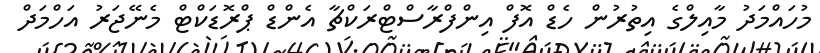
މުހައްމަދު މާއިލްގެ އިތުރުން ހެޑް އޮފް އިންފްރާސްޓްރަކްޗާ އެންޑް ޕްރޮޑަކްޓް މެނޭޖަރު އަހްމަދް